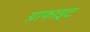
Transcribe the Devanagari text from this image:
ग्राफाइट